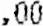
.00